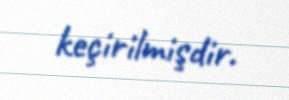
keçirilmişdir.